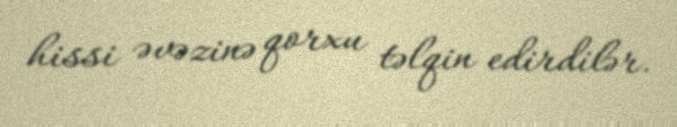
hissi əvəzinə qorxu təlqin edirdilər.